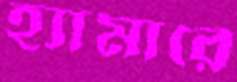
হ্যামারে